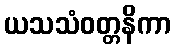
ယသသံဝတ္တနိကာ